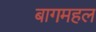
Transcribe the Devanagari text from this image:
बागमहल